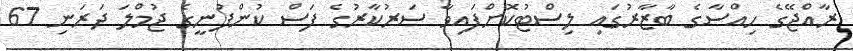
ރާއްޖޭގެ ހިއްސާގެ ބާޒާރުގައި ލިސްޓުކޮށްފައިވާ ސަރުކާރުގެ ފަސް ކުންފުނީގެ ޖުމްލަ ދަރަނި 67